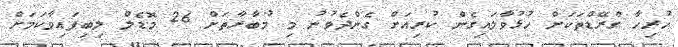
ހުރިހާ ގްރޭޑްތަކަށް ހުޅުވާލައިގެން ކުރިއަށް ގެންދެވުނު މި މުބާރާތަށް 26 މޮޑެލް ލިބިފައިވާކަމަށް